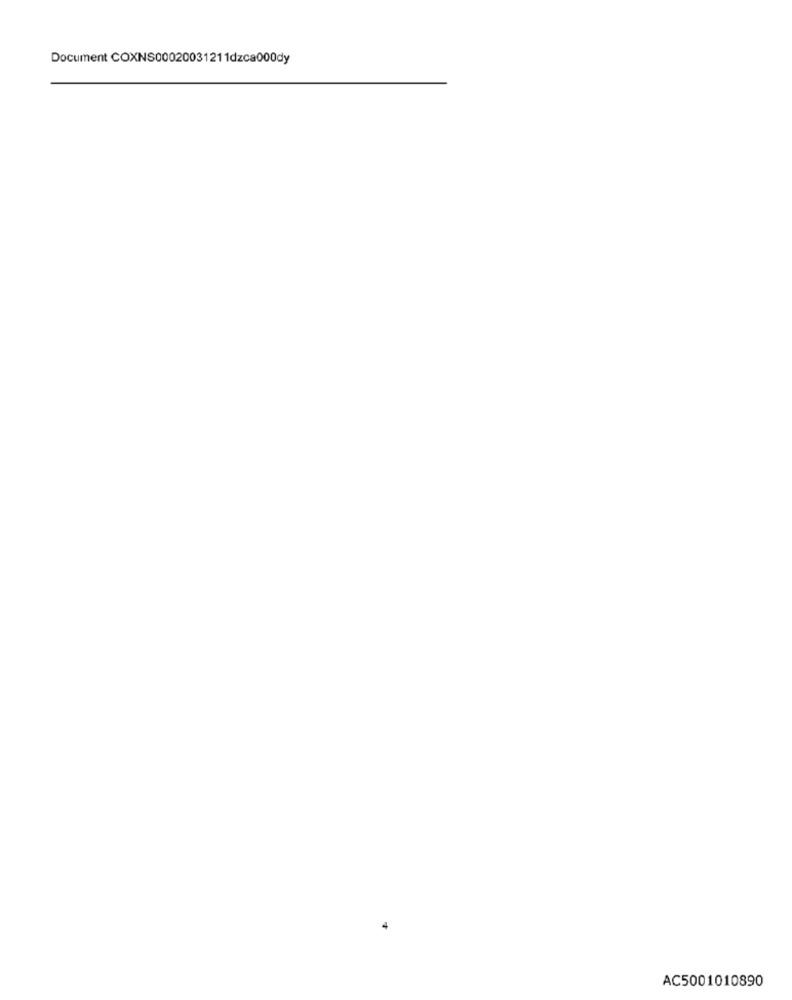
Document COXNS00020031211dzca000dy
AC5001010890